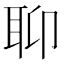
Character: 𦕅